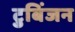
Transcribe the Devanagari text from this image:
टुबिंजन